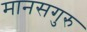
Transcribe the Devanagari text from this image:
मानसगुरु